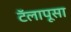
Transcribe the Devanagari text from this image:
टॅलापूसा